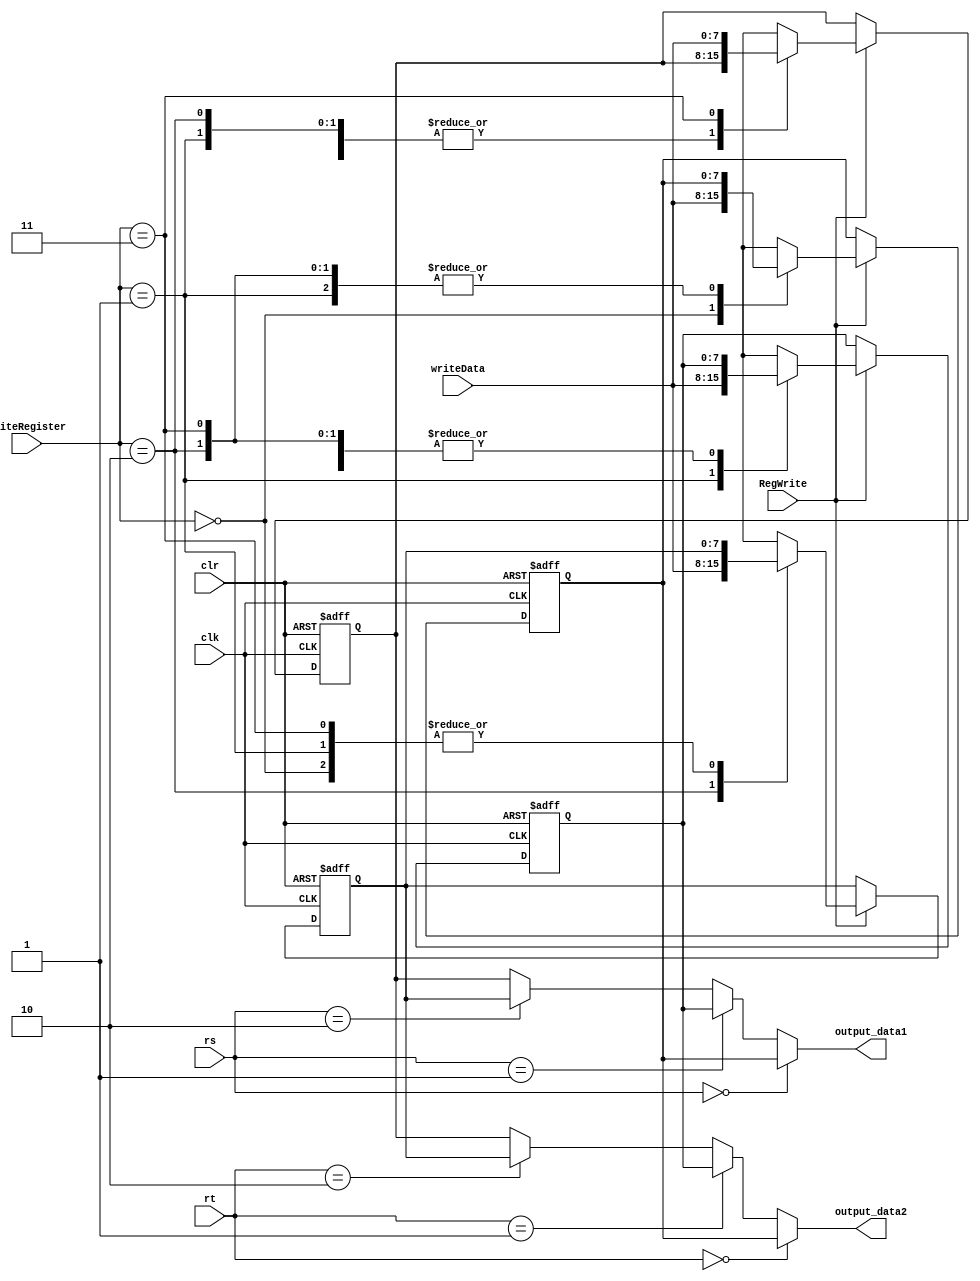
`timescale 1ns / 1ps
//////////////////////////////////////////////////////////////////////////////////
// Company: 
// Engineer: 
// 
// Design Name: 
// Module Name:    registers 
// Project Name: 
// Target Devices: 
// Tool versions: 
// Description: 
//
// Dependencies: 
//
// Revision: 
// Revision 0.01 - File Created
// Additional Comments: 
//
//////////////////////////////////////////////////////////////////////////////////
module registers(
	input clr,
	input clk,
	input RegWrite,
	input [1:0] rs,
	input [1:0] rt,
	input [1:0] writeRegister,
	input [7:0] writeData,
	output [7:0] output_data1,
	output [7:0] output_data2
	);
	
	//4 registers
	reg[7:0] data1;
	reg[7:0] data2;
	reg[7:0] data3;
	reg[7:0] data4;
	
	//output data determined by rs and rt
	assign output_data1 = (rs == 2'b00) ? data1:
				(rs == 2'b01) ? data2:
				(rs == 2'b10) ? data3:
				data4;
				
	assign output_data2 = (rt == 2'b00) ? data1:
				(rt == 2'b01) ? data2:
				(rt == 2'b10)? data3:
				data4;
	
	initial begin
		data1 = 8'b00000000;
		data2 = 8'b00000000;
		data3 = 8'b00000000;
		data4 = 8'b00000000;
	end
	always @(posedge clk or posedge clr) 
		begin
			if (clr)
				begin
					//Initialize data
					data1 = 8'b00000000;
					data2 = 8'b00000000;
					data3 = 8'b00000000;
					data4 = 8'b00000000;
				end
			else if (RegWrite) begin
				case (writeRegister)
					//Write data to the register corresponding to the value of WriteRegister
					2'b00: data1 = writeData;
					2'b01: data2 = writeData;
					2'b10: data3 = writeData;
					2'b11: data4 = writeData;
				endcase
			end
		end
	endmodule